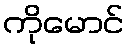
ကိုမောင်